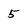
Character: 5